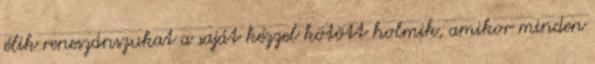
élik reneszánszukat a saját kézzel kötött holmik, amikor minden